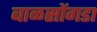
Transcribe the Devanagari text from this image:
बाळसोंगडा